Report on sanitation, dispensaries, and jails in Rajputana for 1912, and on vaccination for the year 1912-1913 - 1912-1913
Year: 1912
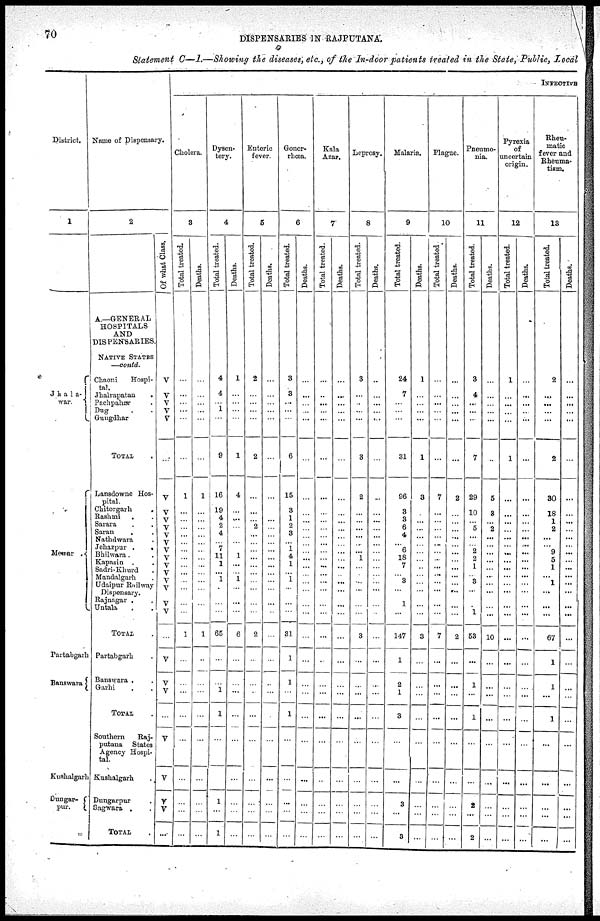
70
DISPENSARIES IN RAJPUTANA.
Statement C—I.—Showing the diseases, etc., of the In-door patients treated in the State, Public, Local
District.
1
Jhala¬
war.
Mewar
Partabgarh
Banswara
Kushalgarh
Dungar¬
pur.
Name of Dispensary.
2
A.—GENERAL
HOSPITALS
AND
DISPENSARIES.
NATIVE STATES
—contd.
Chaoni
Hospi¬
tal.
Jhalrapatan
.
Pachpahar .
Dug
. .
Gungdhar
TOTAL .
Lansdowne Hos-
pital.
Chitorgarh
.
Rashmi . .
Sarara . .
Saran
. .
Nathdwara .
Jehazpur .
.
Bhilwara.
Kapasin . .
Sadri-Khurd .
Mandalgarh .
Udaipur Railway
Dispensary.
Rajnagar . .
Untala . .
TOTAL .
Partabgarh .
Banswara . .
Garhi . .
TOTAL .
Southern
Raj¬
putana States
Agency Hospi-
tal.
Kushalgarh
Dungarpur .
Sagwara . .
TOTAL .
Of what Class.
V
V
V
V
V
...
V
V
V
V
V
V
V
V
V
V
V
V
V
V
...
V
V
V
...
V
V
V
V
...
INFECTIVE
Cholera.
3
Total treated.
...
...
...
...
...
...
1
...
...
...
...
...
...
...
...
...
...
...
...
...
1
...
...
...
...
...
...
...
...
...
Deaths.
...
...
...
...
...
...
1
...
...
...
...
...
...
...
...
...
...
...
...
...
1
...
...
...
...
...
...
...
...
...
Dysen-
tery.
4
Total treated.
4
4
...
1
...
9
16
19
4
2
4
...
7
11
1
...
1
...
...
...
65
...
...
1
1
...
...
1
...
1
Deaths.
1
...
...
...
...
1
4
...
...
...
...
1
...
...
1
...
...
...
6
...
...
...
...
...
...
...
...
...
Enteric
fever.
5
Total treated.
2
...
...
...
...
2
...
...
...
2
...
...
...
...
...
...
...
...
...
...
2
...
...
...
...
...
...
...
...
...
Deaths.
...
...
...
...
...
...
...
...
...
...
...
...
...
...
...
...
...
...
...
...
...
...
...
...
...
...
...
...
...
...
Gonor-
rhœa.
6
Total treated.
3
3
...
...
...
6
15
3
1
2
3
...
1
4
1
...
1
...
...
...
31
1
1
...
1
...
...
...
...
...
Deaths.
...
...
...
...
...
...
...
...
...
...
...
...
...
...
...
...
...
...
...
...
...
...
...
...
...
...
...
...
...
...
Kala
Azar.
7
Total treated.
...
...
...
...
...
...
...
...
...
...
...
...
...
...
...
...
...
...
...
...
...
...
...
...
...
...
...
...
...
...
Deaths.
...
...
...
...
...
...
...
...
...
...
...
...
...
...
...
...
...
...
...
...
...
...
...
...
...
...
...
...
...
...
Leprosy.
8
Total treated.
3
...
...
...
...
3
2
...
...
...
...
...
...
1
...
...
...
...
...
...
3
...
...
...
...
...
...
...
...
...
Deaths.
...
...
...
...
...
...
...
...
...
...
...
...
...
...
...
...
...
...
...
...
...
...
...
...
...
...
...
...
...
...
Malaria.
9
Total treated.
24
7
...
...
...
31
96
3
3
6
4
...
6
18
7
...
3
...
1
...
147
1
2
1
3
...
...
3
...
3
Deaths.
1
...
...
...
...
1
3
...
...
...
...
...
...
...
...
...
...
...
...
...
3
...
...
...
...
...
...
...
...
...
Plague.
10
Total treated.
...
...
...
...
...
...
7
...
...
...
...
...
...
...
...
...
...
...
...
...
7
...
...
...
...
...
...
...
...
...
Deaths.
...
...
...
...
...
...
2
...
...
...
...
...
...
...
...
...
...
...
...
...
2
...
...
...
...
...
...
...
...
...
Pneumo-
nia.
11
Total treated.
3
4
...
...
...
7
29
10
...
5
...
...
2
2
1
...
3
...
...
1
53
...
1
...
1
...
...
2
...
2
Deaths.
...
...
...
...
...
...
5
3
...
2
...
...
...
...
...
...
...
...
...
...
10
...
...
...
...
...
...
...
...
...
Pyrexia
of
uncertain
origin.
12
Total treated.
1
...
...
...
...
1
...
...
...
...
...
...
...
...
...
...
...
...
...
...
...
...
...
...
...
...
...
...
...
...
Deaths.
...
...
...
...
...
...
...
...
...
...
...
...
...
...
...
...
...
...
...
...
...
...
...
...
...
...
...
...
...
...
Rheu-
matic
fever and
Rheuma-
tism.
13
Total treated.
2
...
...
...
...
2
30
18
1
2
...
...
9
5
1
...
1
...
...
...
67
1
1
...
1
...
...
...
...
...
Deaths.
...
...
...
...
...
...
...
...
...
...
...
...
...
...
...
...
...
...
...
...
...
...
...
...
...
...
...
...
...
...